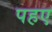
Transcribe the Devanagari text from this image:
पहए